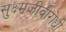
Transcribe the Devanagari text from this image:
सुक्ष्मजीवीरोधी